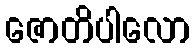
ဇောတိပါလော